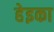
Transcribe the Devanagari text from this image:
हेइका